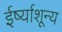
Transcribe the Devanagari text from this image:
ईर्ष्याशून्य